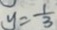
y = \frac { 1 } { 3 }